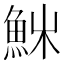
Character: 𩶚